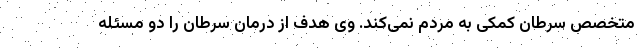
متخصص سرطان کمکی به مردم نمی‌کند. وی هدف از درمان سرطان را دو مسئله